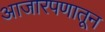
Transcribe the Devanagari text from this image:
आजारपणातून